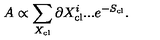
A \propto \sum _ { X _ { \mathrm { c l } } } \partial X _ { \mathrm { c l } } ^ { i } . . . e ^ { - S _ { \mathrm { c l } } } .